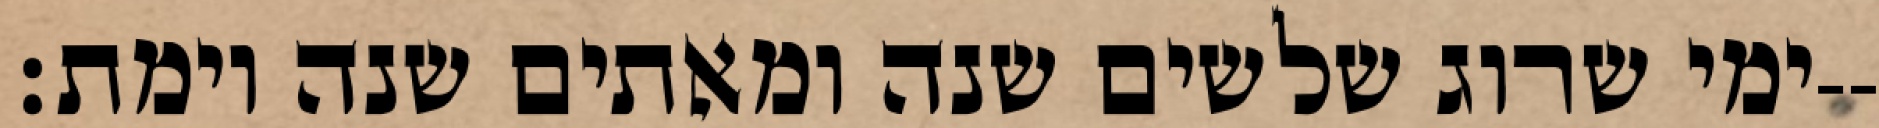
ימי שרוג שלשים שנה ומאתים שנה וימת׃--